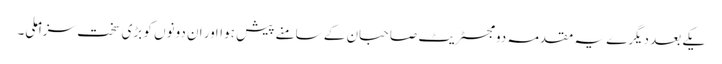
یکے بعد دیگرے یہ مقدمہ دو مجسٹریٹ صاحبان کے سامنے پیش ہوااور ان دونوں کو بڑی سخت سزا ملی۔